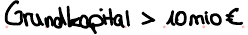
Grundkapital > 10mio €